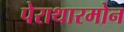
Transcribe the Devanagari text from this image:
पेराथारमोन